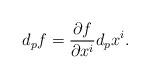
LaTeX: \begin{align*}d_pf = \frac{\partial f}{\partial x^i} d_p x^i.\end{align*}